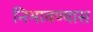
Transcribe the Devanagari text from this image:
निभावण्यास